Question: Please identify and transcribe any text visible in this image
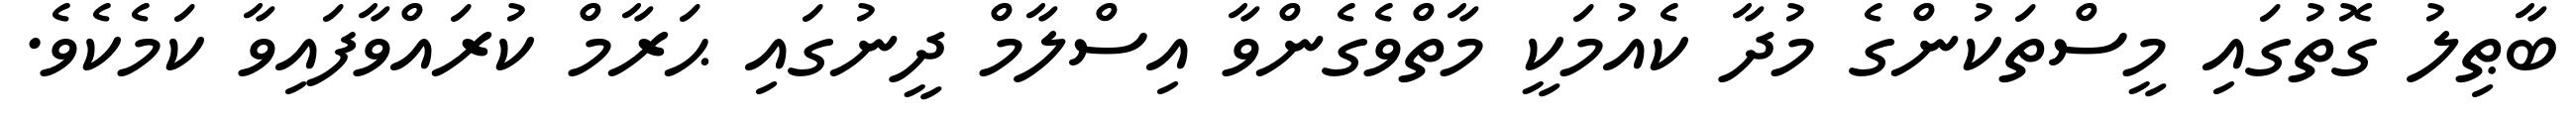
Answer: ބާޠިލު ގޮތުގައި މީސްތަކުންގެ މުދާ ކެއުމަކީ މާތްވެގެންވާ އިސްލާމް ދީނުގައި ޙަރާމް ކުރައްވާފައިވާ ކަމެކެވެ.